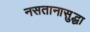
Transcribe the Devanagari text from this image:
नसतानासुद्धा